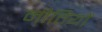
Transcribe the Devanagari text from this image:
नीतियों